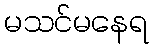
မသင်မနေရ